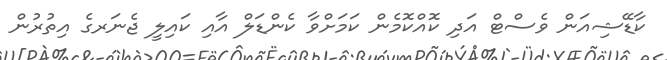
ކާޑޭޝިއަން ވެސްޓް އަދި ކޮއްކޮމެން ކަމަށްވާ ކެންޑަލް އާއި ކައިލީ ޖެނަރގެ އިތުރުން